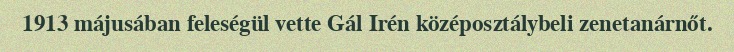
1913 májusában feleségül vette Gál Irén középosztálybeli zenetanárnőt.